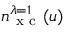
n _ { \mathrm { ~ x ~ c ~ } } ^ { \lambda = 1 } ( u )